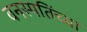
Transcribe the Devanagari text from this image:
वनस्पतिंच्या